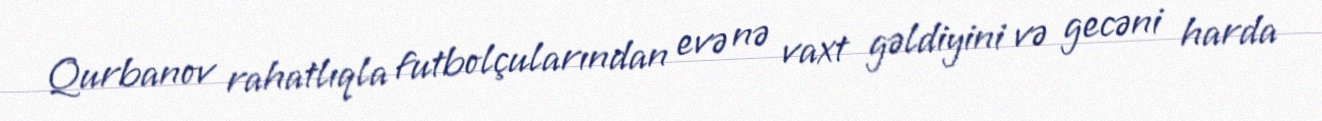
Qurbanov rahatlıqla futbolçularından evə nə vaxt gəldiyini və gecəni harda